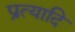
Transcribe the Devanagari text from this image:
प्रत्यादि